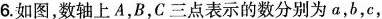
6.如图，数轴上A，B，C三点表示的数分别为a，b，c，